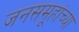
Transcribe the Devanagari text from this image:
जनसमूहांच्या